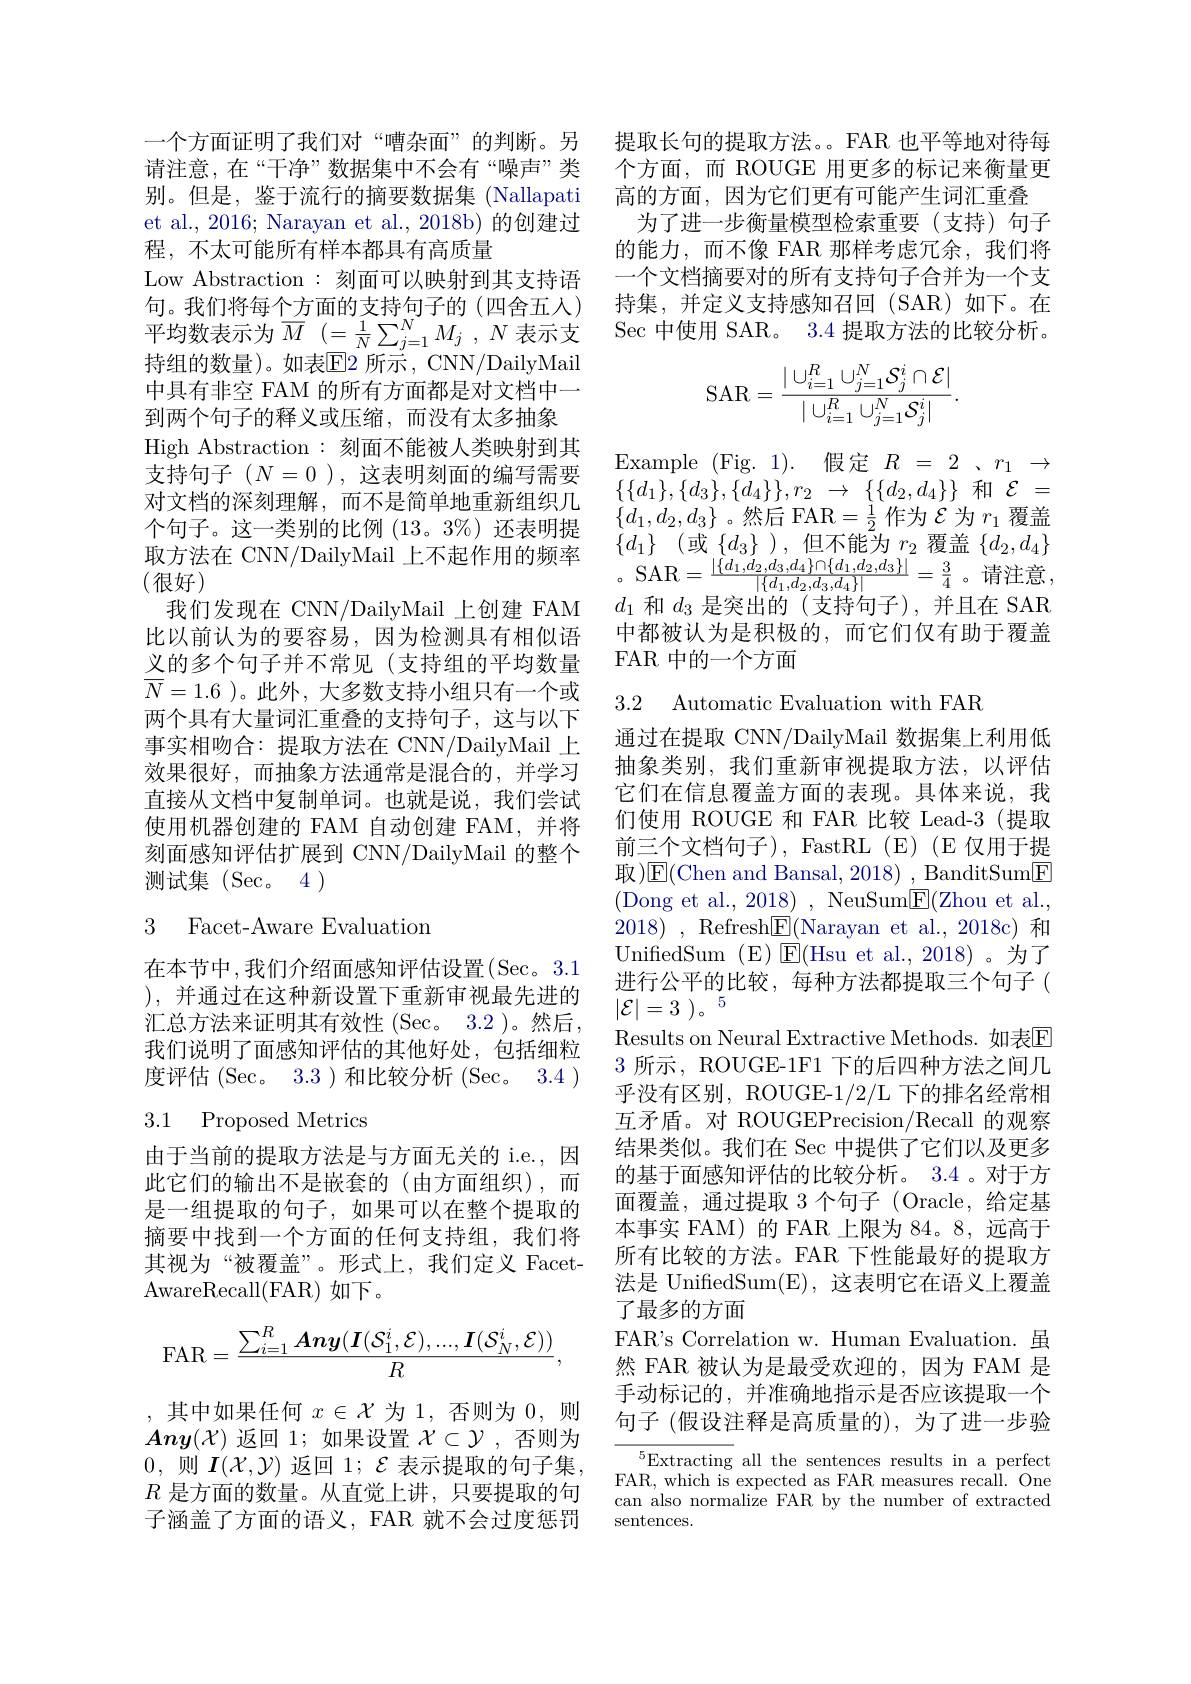
一个方面证明了我们对“嘈杂面”的判断。另请注意，在“干净”数据集中不会有“噪声”类et al., 2016; Narayan et al., 2018b) 的创建过程，不太可能所有样本都具有高质量
Low Abstraction:刻面可以映射到其支持语句。我们将每个方面的支持句子的(四舍五人) 平均数表示为$\overline {M}$ $( = \frac 1N\sum _{j= 1}^{N}M_{j}$ , $N$ 表示支持组的数量)。如表$\boxed{\mathrm{E}}$2 所示，CNN/DailyMail 中具有非空 FAM 的所有方面都是对文档中一到两个句子的释义或压缩，而没有太多抽象
High Abstraction : 刻面不能被人类映射到其支持句子($N=0$),这表明刻面的编写需要对文档的深刻理解，而不是简单地重新组织几个句子。这一类别的比例 (13。3%) 还表明提取方法在 CNN/DailyMail 上不起作用的频率(很好)
我们发现在 CNN/DailyMail 上创建 FAM 比以前认为的要容易，因为检测具有相似语义的多个句子并不常见(支持组的平均数量$\overline{N}=1.6$ )。此外，大多数支持小组只有一个或两个具有大量词汇重叠的支持句子，这与以下事实相吻合：提取方法在 CNN/DailyMail 上效果很好，而抽象方法通常是混合的，并学习直接从文档中复制单词。也就是说，我们尝试使用机器创建的 FAM 自动创建 FAM,并将刻面感知评估扩展到 CNN/DailyMail 的整个测试集 (Sec。4)

### 3 Facet-Aware Evaluation

在本节中，我们介绍面感知评估设置(S$ec。3. 1$ ),并通过在这种新设置下重新审视最先进的汇总方法来证明其有效性(Sec。3.2)。然后， 我们说明了面感知评估的其他好处，包括细粒度评估(Sec。3.3)和比较分析(Sec。3.4)

# 3.1 Proposed Metrics

由于当前的提取方法是与方面无关的 i.e., 因此它们的输出不是嵌套的(由方面组织),而是一组提取的句子，如果可以在整个提取的摘要中找到一个方面的任何支持组，我们将其视为“被覆盖”。形式上，我们定义 FacetAwareRecall( FAR) 如下。
$$\mathrm{FAR}=\frac{\sum_{i=1}^R\boldsymbol{Any}(\boldsymbol{I}(\mathcal{S}_1^i,\mathcal{E}),...,\boldsymbol{I}(\mathcal{S}_N^i,\mathcal{E}))}{R},$$
,其中如果任何$x\in\mathcal{X}$为 1,否则为0，则$\boldsymbol{Any}(\mathcal{X})$返回 1;如果设置$\mathcal{X}\subset\mathcal{Y}$,否则为0,则$\boldsymbol{I}(\mathcal{X},\mathcal{Y})$返回 1; $\mathcal{E}$表示提取的句子集， $R$是方面的数量。从直觉上讲，只要提取的句子涵盖了方面的语义，FAR 就不会过度惩罚

提取长句的提取方法。。FAR 也平等地对待每个方面，而 ROUGE 用更多的标记来衡量更
别。但是，鉴于流行的摘要数据集 (Nallapati 高的方面，因为它们更有可能产生词汇重叠
为了进一步衡量模型检索重要(支持)句子的能力，而不像 FAR 那样考虑冗余，我们将一个文档摘要对的所有支持句子合并为一个支持集，并定义支持感知召回(SAR)如下。在$\operatorname{Sec}$中使用 SAR。3.4提取方法的比较分析。
$$\mathrm{SAR}=\frac{|\cup_{i=1}^R\cup_{j=1}^N\mathcal{S}_j^i\cap\mathcal{E}|}{|\cup_{i=1}^R\cup_{j=1}^N\mathcal{S}_j^i|}.$$
Example (Fig.1). 假定$R=2,r_{1}\to$ $\{ \{ d_{1}\} , \{ d_{3}\} , \{ d_{4}\} \} , r_{2}$ $\to$ $\{ \{ d_{2}, d_{4}\} \}$和$\mathcal{E}$ = $\{d_{1},d_{2},d_{3}\}$。然后 FAR$=\frac12$作为$\mathcal{E}$为$r_1$覆盖$\{ d_{1}\}$ (或$\{ d_{3}\}$ ) , 但不能为$r_2$覆盖$\{d_{2},d_{4}\}$ $\mathrm{。SAR=\frac{|\{d_{1},d_{2},d_{3},d_{4}\}\cap\{d_{1},d_{2},d_{3}\}|}{|\{d_{1},d_{2},d_{3},d_{4}\}|}=\frac{3}{4}\:。\text{请注意}\:,\:\mathrm{SAR=\frac{|\{d_{1},d_{2},d_{3},d_{4}\}\cap\{d_{1},d_{2},d_{3}\}|}{|\{d_{1},d_{2},d_{3},d_{4}\}|}=\frac{3}{4}\:。}\:\text{请注意}\:,\:\mathrm{SAR=\frac{|\{d_{1},d_{2},d_{3},d_{4}\}\cap\{d_{1},d_{2}$ $d_1$和$d_3$是突出的 (支持句子),并且在 SAR 中都被认为是积极的，而它们仅有助于覆盖FAR 中的一个方面

3.2 Automatic Evaluation with FAR

通过在提取 CNN/DailyMail 数据集上利用低抽象类别，我们重新审视提取方法，以评估它们在信息覆盖方面的表现。具体来说，我们使用 ROUGE 和 FAR 比较 Lead-3(提取前三个文档句子), FastRL(E)(E仅用于提取)$\operatorname{E}($Chen and Bansal, 2018) , BanditSum$\boxed{\mathrm{F}}$ (Dong et al., 2018) , NeuSum$\underline{\mathrm{E}}($Zhou et al., 2018) , Refresh$\boxed{\mathrm{F}}($Narayan et al.,2018c)和UnifiedSum (E)$\boxtimes$E(Hsu et al.,2018)。为了进行公平的比较，每种方法都提取三个句子( $| \mathcal{E} | = 3$ )。5
Results on Neural Extractive Methods. 如表$\mathbb{E}$ 3 所示，ROUGE-1F1 下的后四种方法之间几乎没有区别，ROUGE-1/2/L 下的排名经常相互矛盾。对 ROUGEPrecision/Recall 的观察结果类似。我们在 Sec 中提供了它们以及更多的基于面感知评估的比较分析。3.4 。对于方面覆盖，通过提取 3 个句子 (Oracle, 给定基本事实 FAM) 的 FAR 上限为 84。8, 远高于所有比较的方法。FAR 下性能最好的提取方法是 UnifiedSum(E), 这表明它在语义上覆盖了最多的方面
FAR's Correlation w. Human Evaluation. 虽然 FAR 被认为是最受欢迎的，因为 FAM 是手动标记的，并准确地指示是否应该提取一个句子 (假设注释是高质量的),为了进一步验
${\frac{5}{\text{Extracting }}}$all the sentences results in a perfect

FAR, which is expected as FAR measures recall. One can also normalize FAR by the number of extracted sentences.